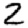
Digit: 2